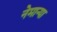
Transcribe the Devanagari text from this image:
नेमान्या